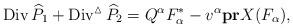
LaTeX: \begin{align*}\operatorname{Div}\widehat{P}_1+\operatorname{Div}^{\vartriangle}\widehat{P}_2=Q^{\alpha}F_{\alpha}^{\ast}-v^{\alpha}\bold{pr}X(F_{\alpha}),\end{align*}